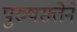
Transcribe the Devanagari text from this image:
पुरुषसत्तेने